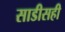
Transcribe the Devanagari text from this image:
साडीसही